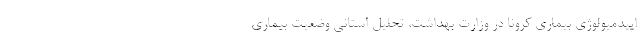
اپیدمیولوژی بیماری کرونا در وزارت بهداشت، تحلیل استانی وضعیت بیماری